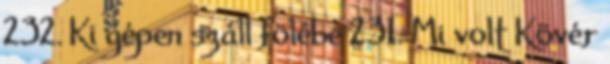
232. Ki gépen száll fölébe 231. Mi volt Kövér